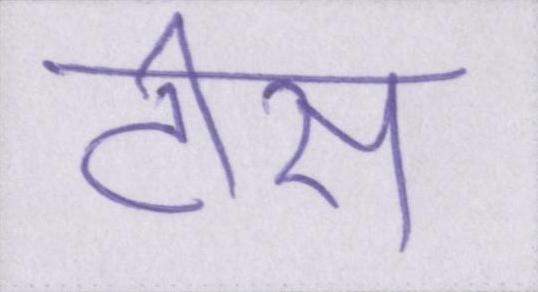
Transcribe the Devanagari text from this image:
टीस